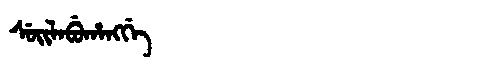
Manchu: ᠰᡠᡳᠯᠠᠪᡠᡥᠠᠩᡤᡝ
Romanization: SUILABUHANGGE